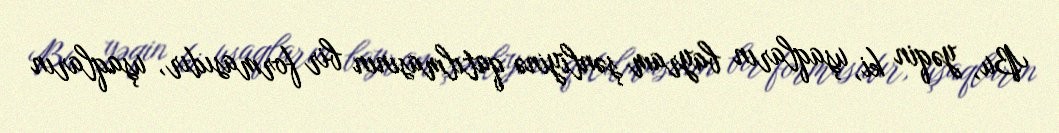
Bu, yəqin ki, uşaqların bayram şənliyinə qatılmasının bir formasıdır, uşaqların